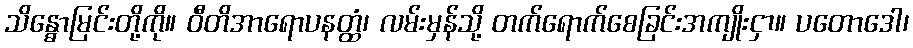
သိန္ဓောမြင်းတို့ကို။ ဝီတိအာရောပနတ္ထံ၊ လမ်းမှန်သို့ တက်ရောက်စေခြင်းအကျိုးငှာ။ ပတောဒေါ၊